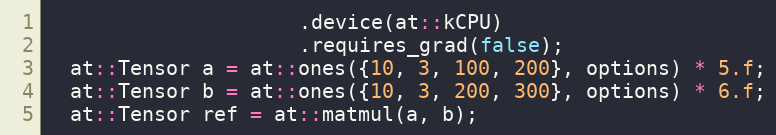
Language: C++
                     .device(at::kCPU)
                     .requires_grad(false);
  at::Tensor a = at::ones({10, 3, 100, 200}, options) * 5.f;
  at::Tensor b = at::ones({10, 3, 200, 300}, options) * 6.f;
  at::Tensor ref = at::matmul(a, b);